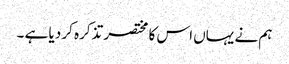
ہم نے یہاں اس کا مختصر تذکرہ کر دیا ہے ۔